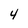
Character: 4